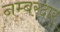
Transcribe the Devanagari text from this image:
नम्बरदार